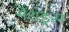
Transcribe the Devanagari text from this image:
मैथड्स